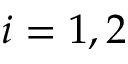
i = 1 , 2